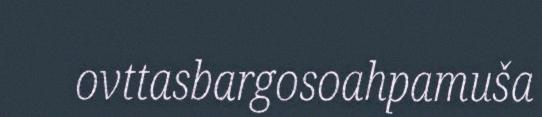
ovttasbargosoahpamuša